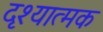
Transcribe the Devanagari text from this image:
दृश्‍यात्मक